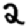
Digit: 2